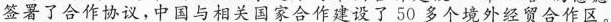
签署合作协议，中国与相关国家合作建设了50多个境外经贸合作区。